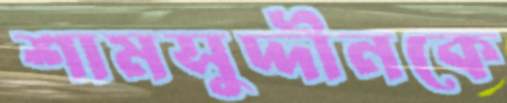
শামসুদ্দীনকে